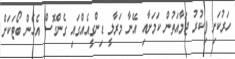
ހަރުކަށި ފިކުރު ޖަމާއަތުން ކަމަށާއި އޭނާ މަރާލީ ޑިންގީއެއްގައި ގެންގޮސް އެހެން ބޯޓަކަށް